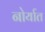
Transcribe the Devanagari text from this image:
नोर्यात